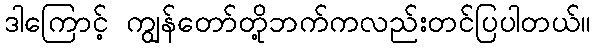
ဒါကြောင့် ကျွန်တော်တို့ဘက်ကလည်းတင်ပြပါတယ်။